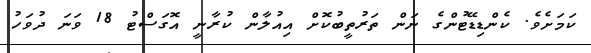
ކަމަށެވެ. ކެންޑިޑޭޓުންގެ ނަން ތަރުތީބުކޮށް އިއުލާން ކުރާނީ އޮގަސްޓު 18 ވަނަ ދުވަހު